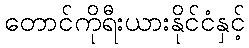
တောင်ကိုရီးယားနိုင်ငံနှင့်